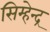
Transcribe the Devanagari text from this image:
सिम्हेन्द्र